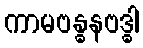
ကာမဗန္ဓနဗဒ္ဓါ